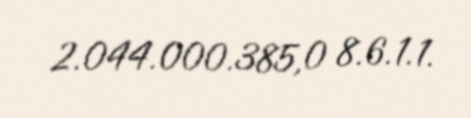
2.044.000.385,0 8.6.1.1.